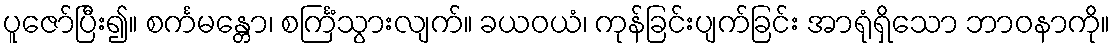
ပူဇော်ပြီး၍။ စင်္ကမန္တော၊ စင်္ကြံသွားလျက်။ ခယဝယံ၊ ကုန်ခြင်းပျက်ခြင်း အာရုံရှိသော ဘာဝနာကို။